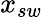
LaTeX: x_{sw}